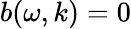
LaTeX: b(\omega,k)=0